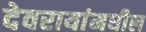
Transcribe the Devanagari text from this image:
देवरायांमधील